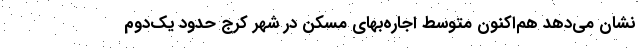
نشان می‌‌دهد هم‌‌اکنون متوسط اجاره‌‌بهای مسکن در شهر کرج حدود یک‌دوم